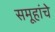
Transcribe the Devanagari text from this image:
समूहांचे